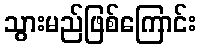
သွားမည်ဖြစ်ကြောင်း